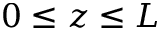
0 \leq z \leq L